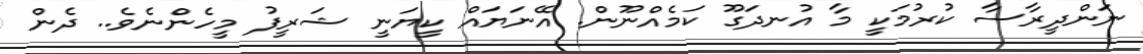
ނަންދީރާސާ ކުރުމަކީ މާ އުނދަގޫ ކަމެއްނޫން. އޭނަޔައް ކީޔަނީ ޝަރީފު މީހެންނެވެ.. ދެން